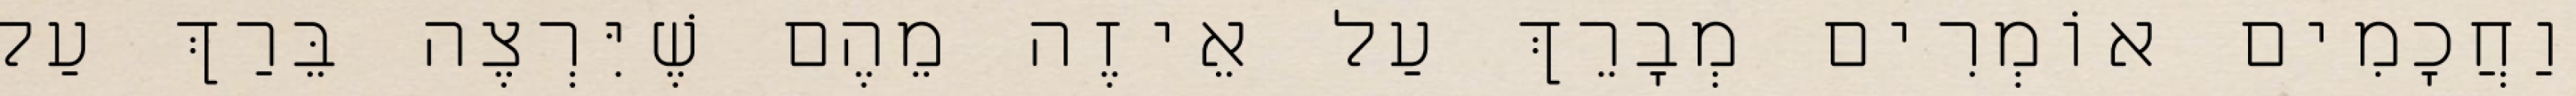
וַחֲכָמִים אוֹמְרִים מְבָרֵךְ עַל אֵיזֶה מֵהֶם שֶׁיִּרְצֶה בֵּרַךְ עַל